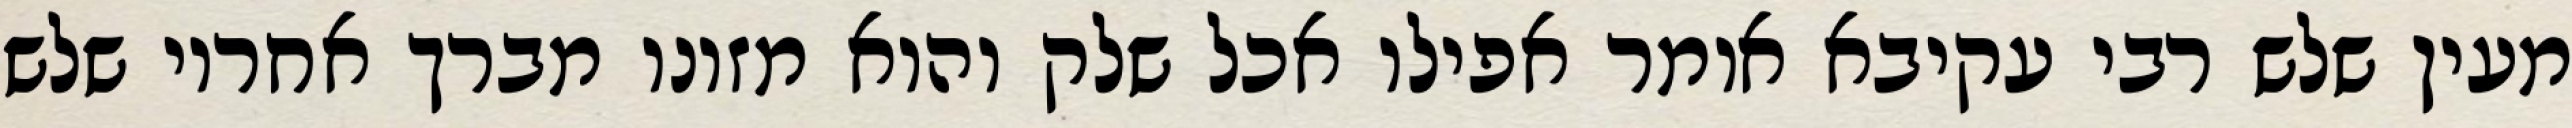
מעין שלש רבי עקיבא אומר אפילו אכל שלק והוא מזונו מברך אחריו שלש